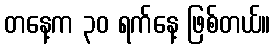
တနေ့က ၃၀ ရက်နေ့ ဖြစ်တယ်။